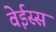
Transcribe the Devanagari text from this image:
वेईस्स